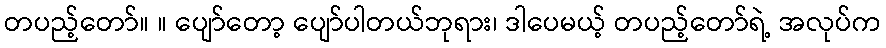
တပည့်တော်။ ။ ပျော်တော့ ပျော်ပါတယ်ဘုရား၊ ဒါပေမယ့် တပည့်တော်ရဲ့ အလုပ်က